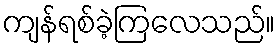
ကျန်ရစ်ခဲ့ကြလေသည်။